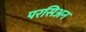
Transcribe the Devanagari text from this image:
परसिअन